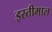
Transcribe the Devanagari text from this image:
इस्तीमाल